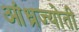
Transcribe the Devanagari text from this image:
आंध्रज्योती